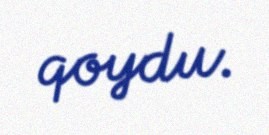
qoydu.